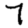
Digit: 7